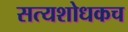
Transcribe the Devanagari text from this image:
सत्यशोधकच